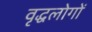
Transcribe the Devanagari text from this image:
वृद्धलोगों